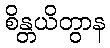
စိန္တယိတွာန